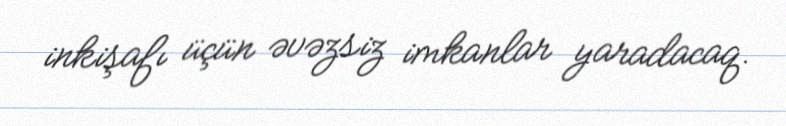
inkişafı üçün əvəzsiz imkanlar yaradacaq.